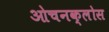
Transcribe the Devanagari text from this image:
ओचनक्लोस